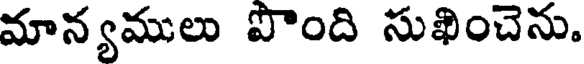
మాన్యములు పొంది సుఖించెను.